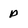
Character: p